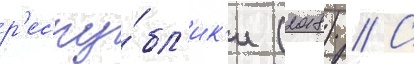
р'еспу́бл'ик'и (2018) // С